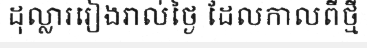
ដុល្លាររៀងរាល់ថ្ងៃ ដែលកាលពីថ្មី